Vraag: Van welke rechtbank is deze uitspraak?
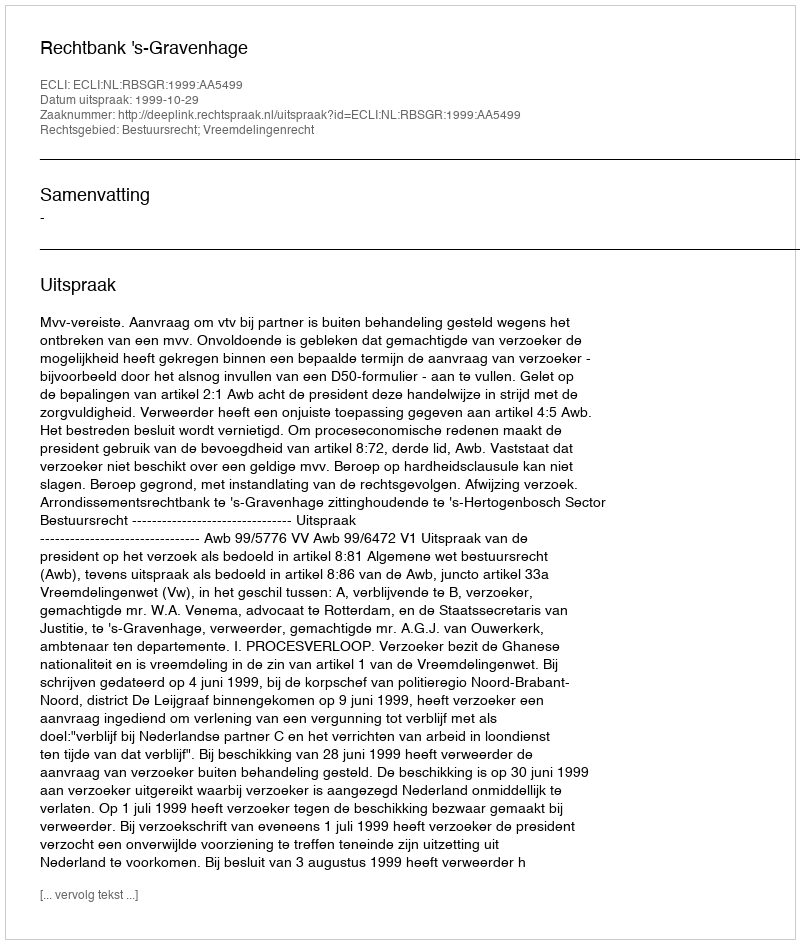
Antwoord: Rechtbank 's-Gravenhage